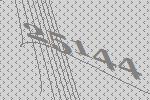
25144